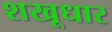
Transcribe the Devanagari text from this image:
शखूधार